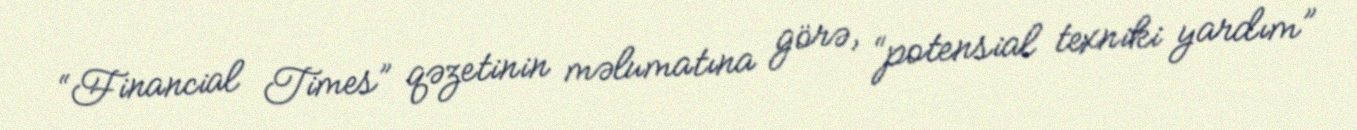
“Financial Times” qəzetinin məlumatına görə, “potensial texniki yardım”